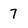
Character: 7